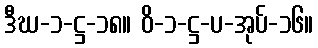
ဒီဃ-၁-ဋ္ဌ-၁၈။ ဝိ-၁-ဋ္ဌ-ပ-အုပ်-၁၆။